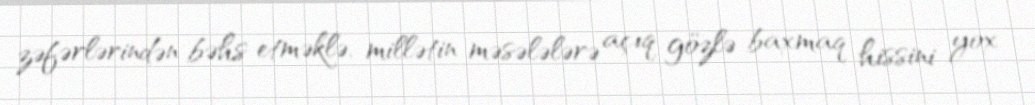
zəfərlərindən bəhs etməklə, millətin məsələlərə açıq gözlə baxmaq hissini yox